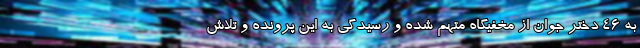
به ۴۶ دختر جوان از مخفیگاه متهم شده و رسیدگی به این پرونده و تلاش